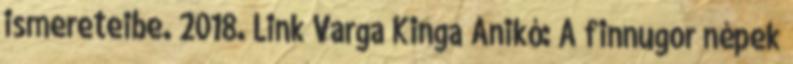
ismereteibe. 2018. Link Varga Kinga Anikó: A finnugor népek